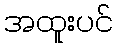
အထူးပင်